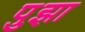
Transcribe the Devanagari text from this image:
पुझा